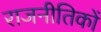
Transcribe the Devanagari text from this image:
राजनीतिकों